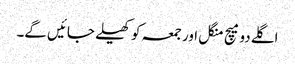
اگلے دو میچ منگل اور جمعہ کو کھیلے جائیں گے۔